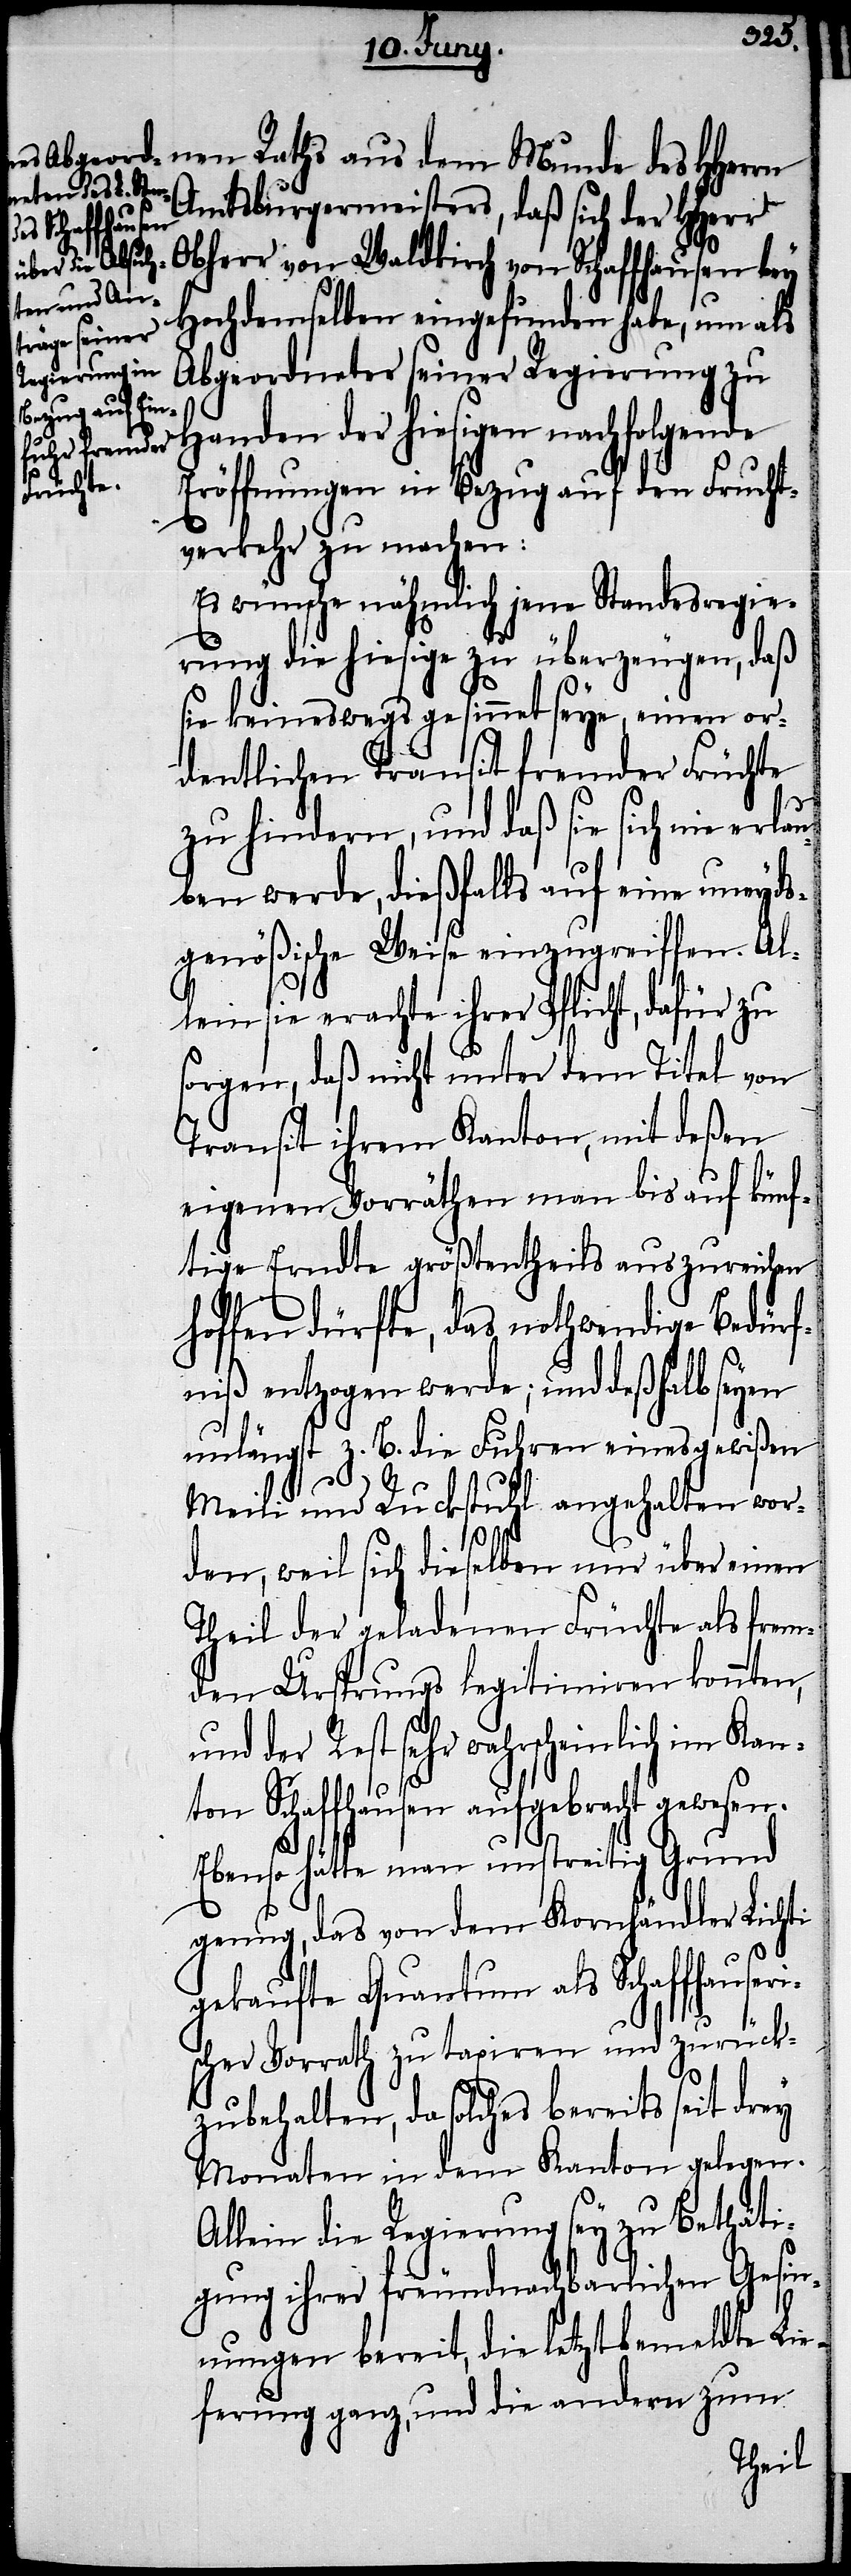
nen Raths aus dem Munde des HHerrn
Amtsburgermeisters, daß sich der HHerr
Obherr von Waldkirch von Schaffhausen bey
Hochdemselben eingefunden habe, um als
Abgeordneter seiner Regierung zu
Handen der hiesigen nachfolgende
Eröffnungen in Bezug auf den Frucht¬
verkehr zu machen:
Es wünsche nähmlich jene Standesregie¬
rung die hiesige zu überzeugen, daß
sie keineswegs gesinnt seye, einen or¬
dentlichen Transit fremder Früchte
zu hindern, und daß sie sich nie erla¬
uben werde, dießfalls auf eine uneyds¬
genößische Weise einzugreiffen. Al¬
lein sie erachte ihrer Pflicht, dafür zu
sorgen, daß nicht unter dem Titel von
Transit ihrem Kanton, mit deßen
eigenen Vorräthen man bis auf künf¬
tige Erndte größtentheils auszureichen
hoffen dürfte, das nothwendige Bedürf¬
niß entzogen werde; und deßhalb seyen
unlängst z. B. die Fuhren eines gewißen
Meili und Ruckstuhl angehalten wor¬
den, weil sich dieselben nur über einen
Theil der geladenen Früchte als frem¬
den Ursprungs legitimiren konnten,
und der Rest sehr wahrscheinlich im Kan¬
ton Schaffhausen aufgebracht gewesen.
Ebenso hätte man unstreitig Grund
genug, das von dem Kornhändler Lichti
gekaufte Quantum als Schaffhauser¬
ischer Vorrath zu taxiren und zurück¬
zubehalten, da solches bereits seit drey
Monaten in dem Kanton gelegen.
Allein die Regierung sey zu Bethäti¬
gung ihrer freundnachbarlichen Gesin¬
nungen bereit, die letztbemeldte Lie¬
ferung ganz, und die andern zum